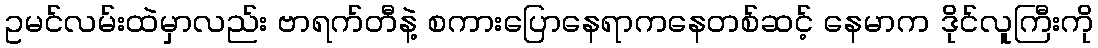
ဥမင်လမ်းထဲမှာလည်း ဗာရက်တီနဲ့ စကားပြောနေရာကနေတစ်ဆင့် နေမာက ဒိုင်လူကြီးကို